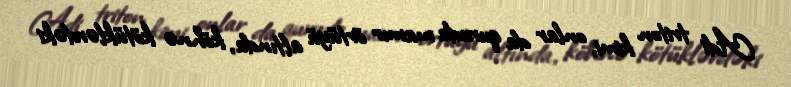
Adi triton kimi, onlar da quruda mamır örtüyü altında, köhnə kötüklərdəki